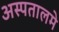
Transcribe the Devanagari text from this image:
अस्पतालमे